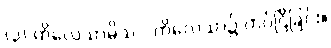
(၃) ကိလေသာမိသ - ကိလေသာ၌ ကပ်ငြိခြင်း။